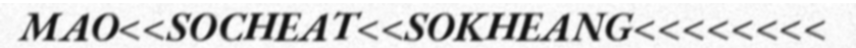
MAO<<SOCHEAT<<SOKHEANG<<<<<<<<